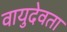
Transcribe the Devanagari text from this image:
वायुदेवता